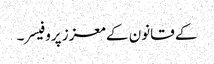
کے قانون کے معزز پروفیسر۔